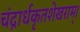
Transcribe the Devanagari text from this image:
चंद्रार्धकृतशेखराम्‌।